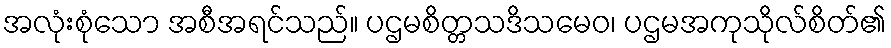
အလုံးစုံသော အစီအရင်သည်။ ပဌမစိတ္တသဒိသမေဝ၊ ပဌမအကုသိုလ်စိတ်၏